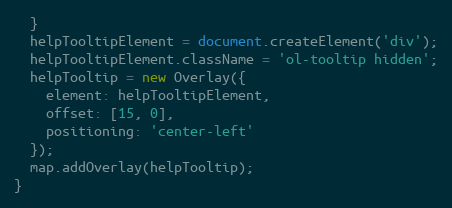
Language: JavaScript
  }
  helpTooltipElement = document.createElement('div');
  helpTooltipElement.className = 'ol-tooltip hidden';
  helpTooltip = new Overlay({
    element: helpTooltipElement,
    offset: [15, 0],
    positioning: 'center-left'
  });
  map.addOverlay(helpTooltip);
}